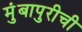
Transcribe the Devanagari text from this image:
मुंबापुरीची